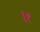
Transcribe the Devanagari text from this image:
।१